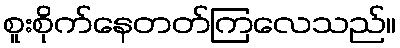
စူးစိုက်နေတတ်ကြလေသည်။